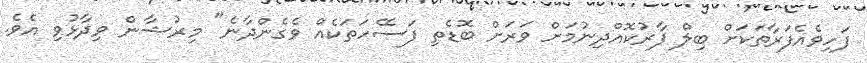
ފަހިވެއެފަރާތަކަށް ބިލް ފާރުކޮއްދިނުމަށް ވަރަށް ބޮޑެތި ފަސޭހަތަކެއް ވެގެންދާނެ" މިރުޝާން ވިދާޅުވި އެވެ.